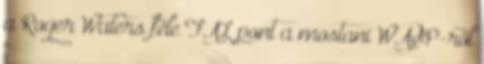
a Roger Waters féle FAL pont a mostani WASP-ről